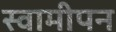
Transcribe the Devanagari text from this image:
स्वामीपन